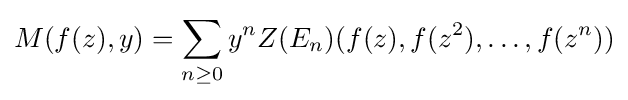
M(f(z),y)=\sum _{n\geq 0}y^{n}Z(E_{n})(f(z),f(z^{2}),\ldots ,f(z^{n}))